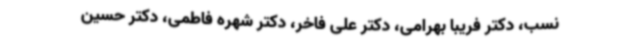
نسب، دکتر فریبا بهرامی، دکتر علی فاخر، دکتر شهره فاطمی، دکتر حسین